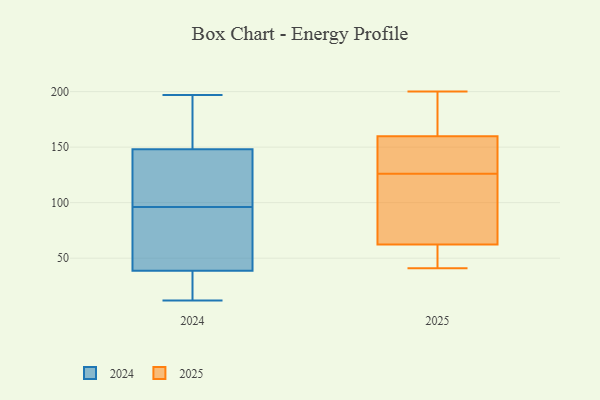
{"axis": {"x": "Bounce Rate (%)", "y": "Value"}, "legend": ["2024", "2025"], "data": [{"x": "", "y": 146, "type": "2025"}, {"x": "", "y": 66, "type": "2025"}, {"x": "", "y": 51, "type": "2025"}, {"x": "", "y": 46, "type": "2025"}, {"x": "", "y": 126, "type": "2025"}, {"x": "", "y": 199, "type": "2025"}, {"x": "", "y": 196, "type": "2025"}, {"x": "", "y": 117, "type": "2025"}, {"x": "", "y": 200, "type": "2025"}, {"x": "", "y": 189, "type": "2025"}, {"x": "", "y": 74, "type": "2025"}, {"x": "", "y": 74, "type": "2025"}, {"x": "", "y": 150, "type": "2025"}, {"x": "", "y": 41, "type": "2025"}, {"x": "", "y": 138, "type": "2025"}, {"x": "", "y": 130, "type": "2025"}, {"x": "", "y": 42, "type": "2025"}, {"x": "", "y": 124, "type": "2024"}, {"x": "", "y": 169, "type": "2024"}, {"x": "", "y": 52, "type": "2024"}, {"x": "", "y": 28, "type": "2024"}, {"x": "", "y": 186, "type": "2024"}, {"x": "", "y": 74, "type": "2024"}, {"x": "", "y": 31, "type": "2024"}, {"x": "", "y": 40, "type": "2024"}, {"x": "", "y": 133, "type": "2024"}, {"x": "", "y": 12, "type": "2024"}, {"x": "", "y": 120, "type": "2024"}, {"x": "", "y": 172, "type": "2024"}, {"x": "", "y": 66, "type": "2024"}, {"x": "", "y": 35, "type": "2024"}, {"x": "", "y": 96, "type": "2024"}, {"x": "", "y": 197, "type": "2024"}, {"x": "", "y": 141, "type": "2024"}]}